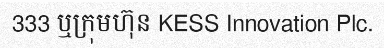
333 ឬក្រុមហ៊ុន KESS Innovation Plc.